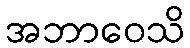
အဘာဝေသိ